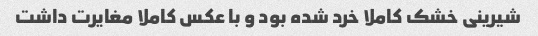
شیرینی خشک کاملا خرد شده بود و با عکس کاملا مغایرت داشت